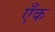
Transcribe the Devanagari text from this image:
एँक